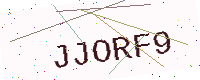
Text: JJORF9